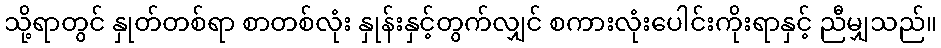
သို့ရာတွင် နှုတ်တစ်ရာ စာတစ်လုံး နှုန်းနှင့်တွက်လျှင် စကားလုံးပေါင်းကိုးရာနှင့် ညီမျှသည်။